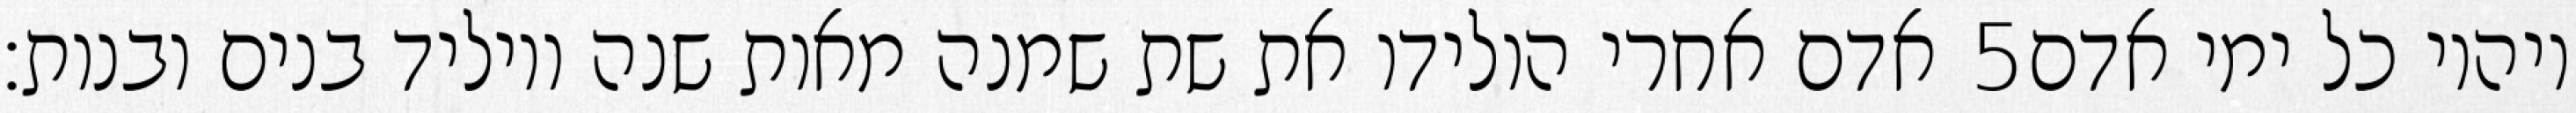
אדם אחרי הולידו את שת שמנה מאות שנה ויוליד בנים ובנות׃ ‎5‏ ויהיו כל ימי אדם